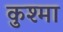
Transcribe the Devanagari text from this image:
कुश्‍मा